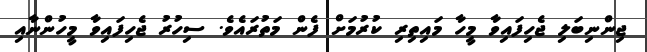
ޖިންނިބަލި ޖެހިފައިވާ މީހާ މައިތިރި ކުރުމަށް ފެން މަތުރައެވެ. ސިހުރު ޖެހިފައިވާ މީހުންނާއި